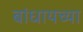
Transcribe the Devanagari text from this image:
बांधायच्या